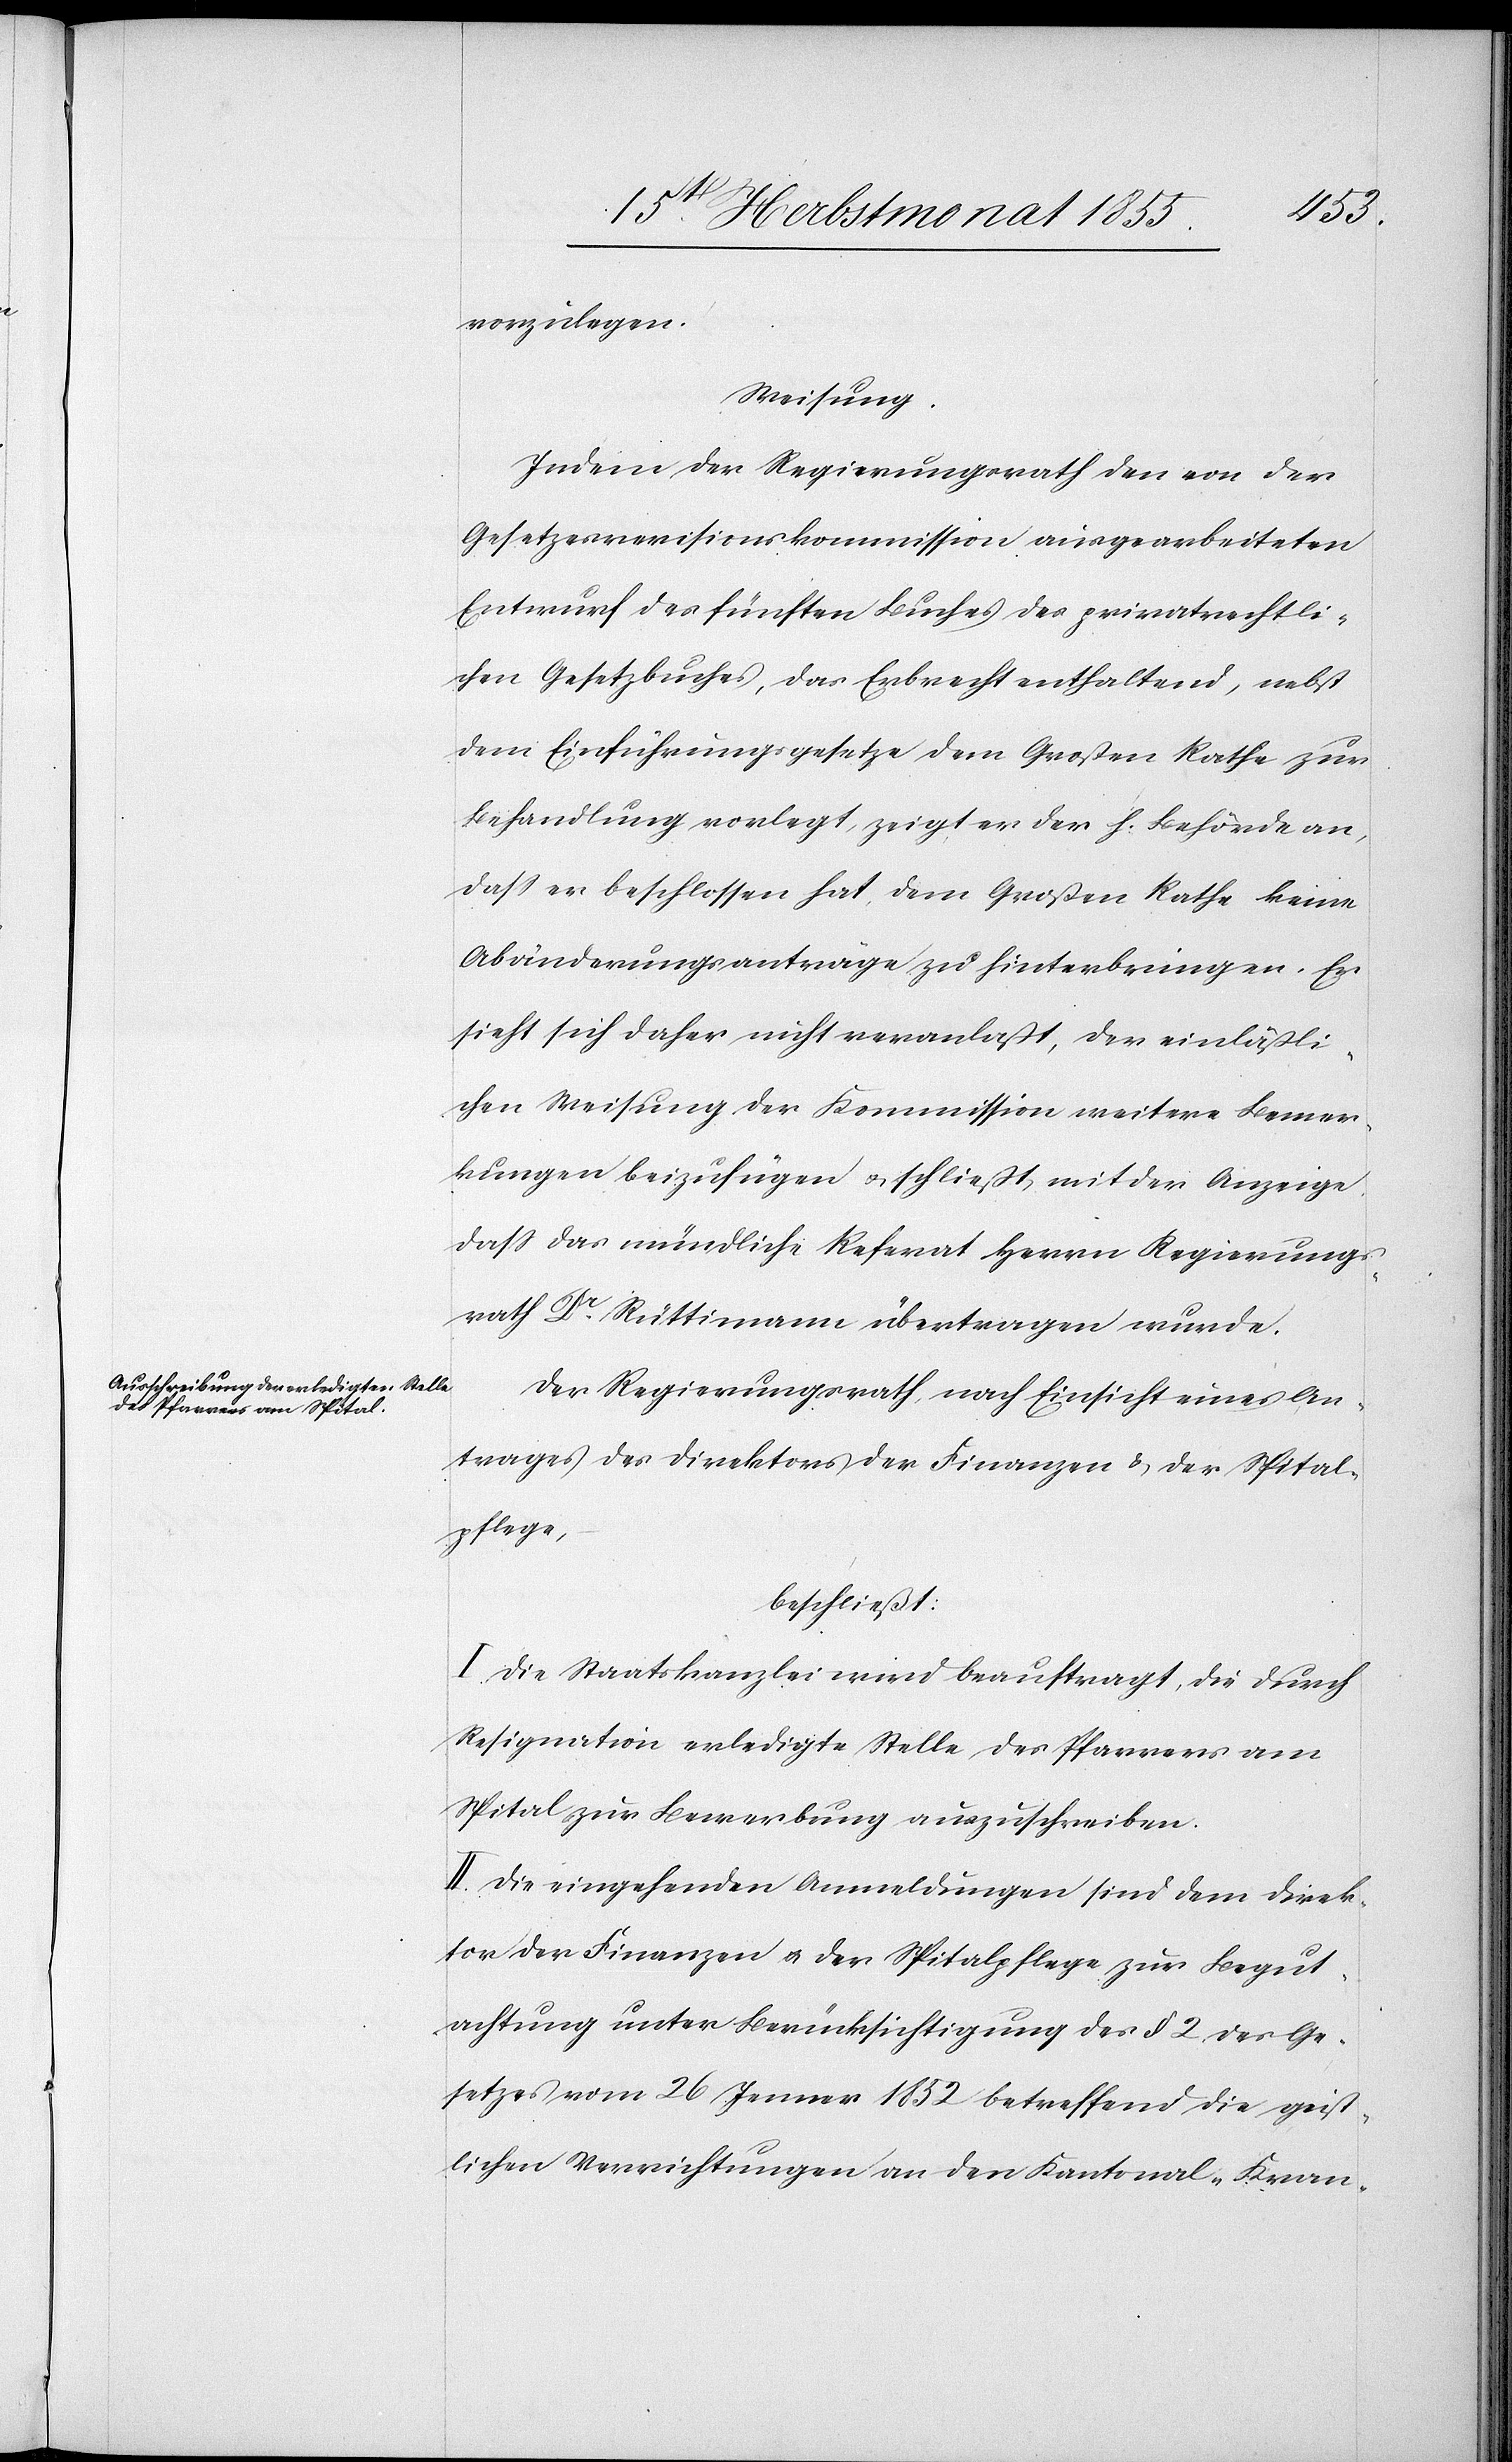
vorzulegen.
Weisung.
Indem der Regierungsrath den von der
Gesetzesrevisionskommission ausgearbeiteten
Entwurf des fünften Buches des privatrechtli¬
chen Gesetzbuches, das Erbrecht enthaltend, nebst
dem Einführungsgesetze dem Großen Rathe zur
Behandlung vorlegt, zeigt er der h. Behörde an,
dass er beschlossen hat, dem Großen Rathe keine
Abänderungsanträge zu hinterbringen. Er
sieht sich daher nicht veranlaßt, der einläßli¬
chen Weisung der Kommission weitere Bemer¬
kungen beizufügen & schließt mit der Anzeige
dass das mündliche Referat Herrn Regierungs¬
rath Dr. Rüttimann übertragen wurde.
Der Regierungsrath, nach Einsicht eines An¬
trages des Direktors der Finanzen & der Spital¬
pflege,
beschließt:
I. Die Staatskanzlei wird beauftragt, die durch
Resignation erledigte Stelle des Pfarrers am
Spital zur Bewerbung auszuschreiben.
II. Die eingehenden Anmeldungen sind dem Direk¬
tor der Finanzen & der Spitalpflege zur Begut¬
achtung unter Berücksichtigung des § 2 des Ge¬
setzes vom 26 Jenner 1852 betreffend die geist¬
lichen Verrichtungen an den Kantonal-Kran-